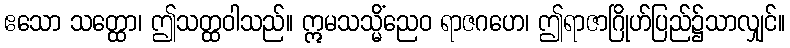
ဧသော သတ္ထော၊ ဤသတ္ထဝါသည်။ ဣမသသ္မိံညေဝ ရာဇဂဟေ၊ ဤရာဇာဂြိုဟ်ပြည်၌သာလျှင်။